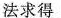
法求得